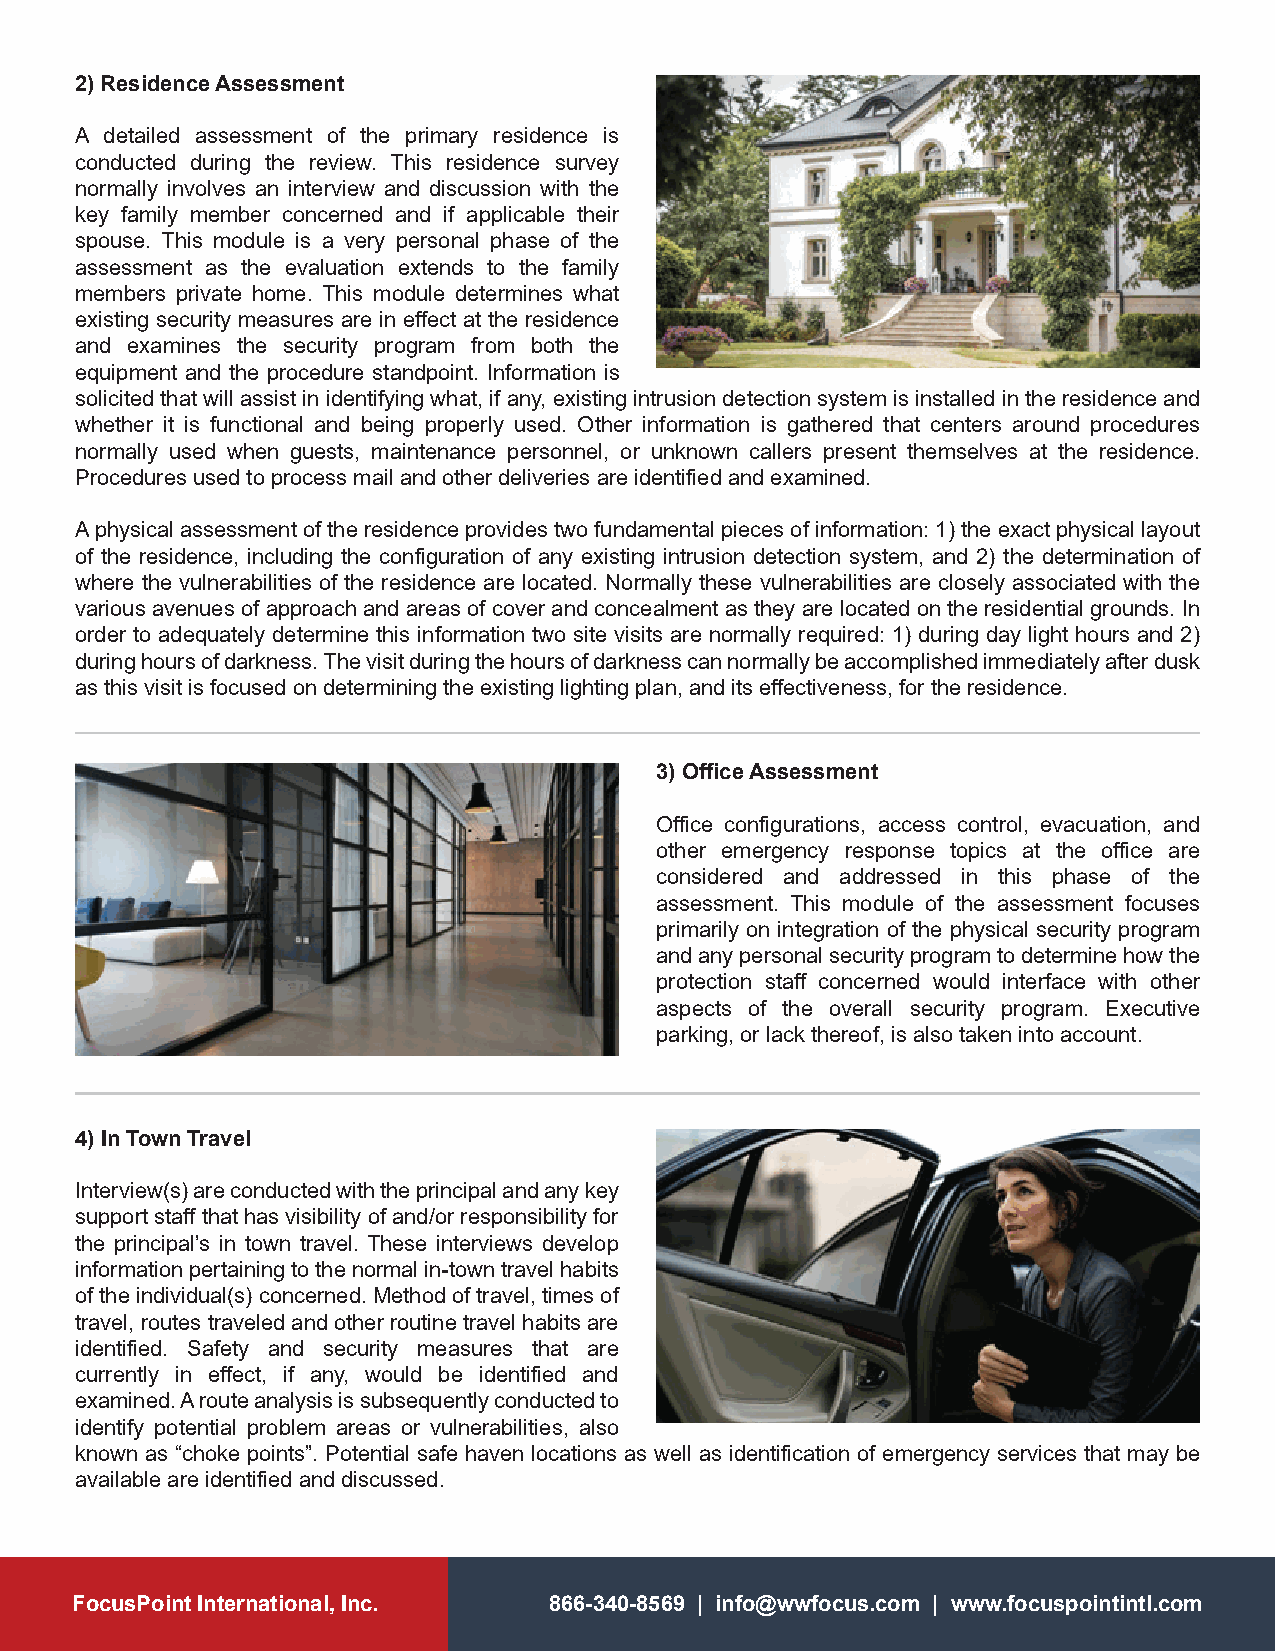
2) Residence Assessment
 A detailed assessment of the primary residence is
 conducted during the review. This residence survey
 normally involves an interview and discussion with the
 key family member concerned and if applicable their
 spouse. This module is a very personal phase of the
 assessment as the evaluation extends to the family
 members private home. This module determines what
 existing security measures are in effect at the residence
 and examines the security program from both the
 equipment and the procedure standpoint. Information is
 solicited that will assist in identifying what, if any, existing intrusion detection system is installed in the residence and
 whether it is functional and being properly used. Other information is gathered that centers around procedures
 normally used when guests, maintenance personnel, or unknown callers present themselves at the residence.
 Procedures used to process mail and other deliveries are identified and examined.
 A physical assessment of the residence provides two fundamental pieces of information: 1) the exact physical layout
 of the residence, including the configuration of any existing intrusion detection system, and 2) the determination of
 where the vulnerabilities of the residence are located. Normally these vulnerabilities are closely associated with the
 various avenues of approach and areas of cover and concealment as they are located on the residential grounds. In
 order to adequately determine this information two site visits are normally required: 1) during day light hours and 2)
 during hours of darkness. The visit during the hours of darkness can normally be accomplished immediately after dusk
 as this visit is focused on determining the existing lighting plan, and its effectiveness, for the residence.
 3) Office Assessment
 Office configurations, access control, evacuation, and
 other emergency response topics at the office are
 considered and addressed in this phase of the
 assessment. This module of the assessment focuses
 primarily on integration of the physical security program
 and any personal security program to determine how the
 protection staff concerned would interface with other
 aspects of the overall security program. Executive
 parking, or lack thereof, is also taken into account.
 4) In Town Travel
 Interview(s) are conducted with the principal and any key
 support staff that has visibility of and/or responsibility for
 the principal’s in town travel. These interviews develop
 information pertaining to the normal in-town travel habits
 of the individual(s) concerned. Method of travel, times of
 travel, routes traveled and other routine travel habits are
 identified. Safety and security measures that are
 currently in effect, if any, would be identified and
 examined. A route analysis is subsequently conducted to
 identify potential problem areas or vulnerabilities, also
 known as “choke points”. Potential safe haven locations as well as identification of emergency services that may be
 available are identified and discussed.
 FocusPoint International, Inc. 866-340-8569 | info@wwfocus.com | www.focuspointintl.com